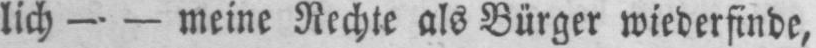
lich - - meine Rechte als Bürger wiederfinde,